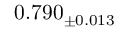
0 . 7 9 0 _ { \pm 0 . 0 1 3 }